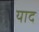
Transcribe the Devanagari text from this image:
याद